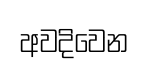
අවදිවෙන